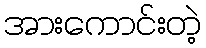
အားကောင်းတဲ့